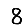
Digit: 8